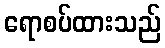
ရောစပ်ထားသည်